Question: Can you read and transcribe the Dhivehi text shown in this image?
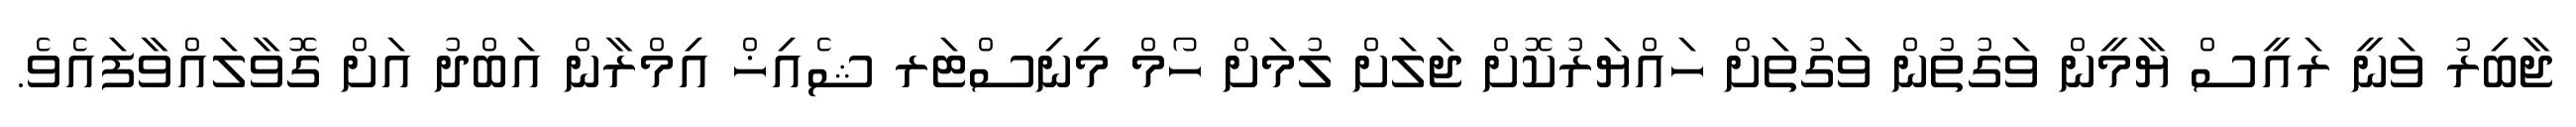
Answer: ޖާބިރު ވަނީ ރައީސް ޔާމީން ވަގުތުން ވަގުތަށް ހައްޔަރުކޮށް ޖަލަށް ލުމަށް ހޯމް މިނިސްޓަރ ޝެއިޚް އިމްރާން އަބްދު އަށް ގޮވާލައްވާފައެވެ.